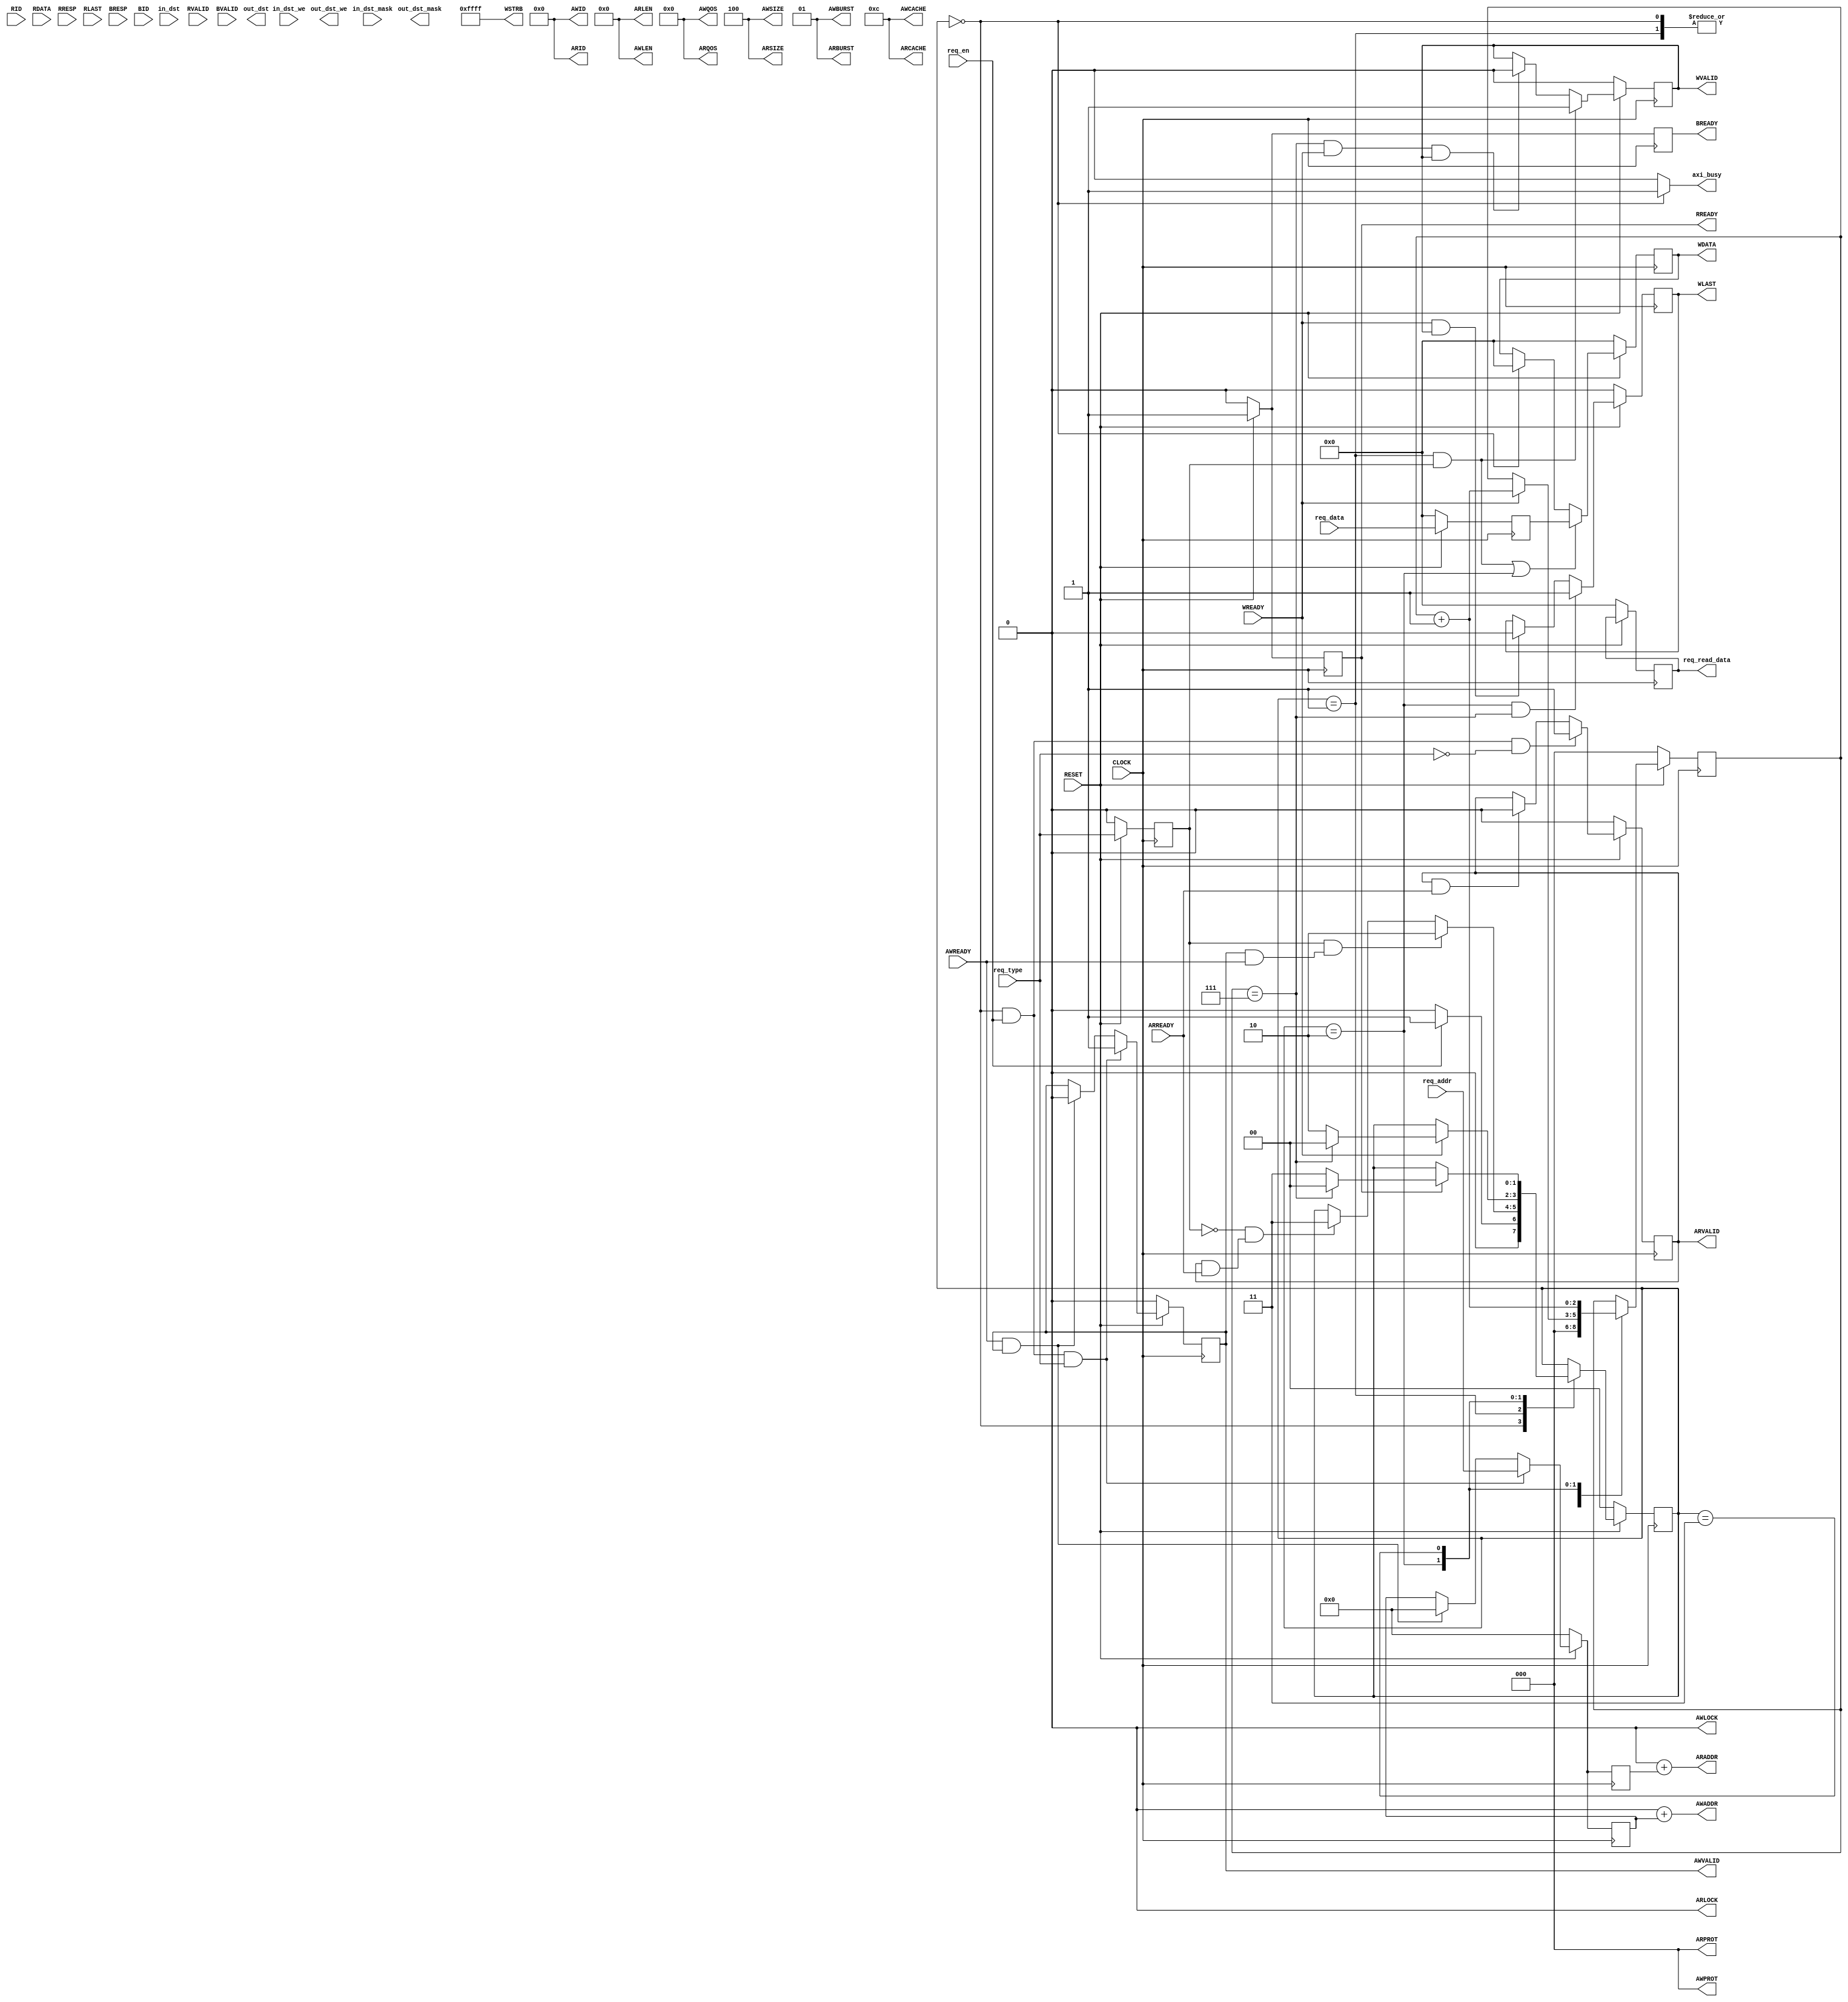
module axi4_master #
(
    parameter P_TARGET_SLAVE_BASE_ADDR     = 32'h0,                             //Base address of targeted slave
    
    parameter integer P_ADDR_WIDTH   = 32,                                      //Width of Address Bus
    parameter integer P_DATA_WIDTH   = 128                                      //Width of Data Bus
)
(
    input  wire [P_ADDR_WIDTH - 1:0] req_addr,
    input  wire [P_DATA_WIDTH - 1:0] req_data,
    input  wire req_en,
    input       req_type,
    output reg [P_DATA_WIDTH - 1:0]     req_read_data,
    output      axi_busy,
    input [7:0] in_dst,
    input   in_dst_we,
    input [7:0]  in_dst_mask, 

    output [7:0] out_dst,
    output   out_dst_we,
    output [7:0]  out_dst_mask, 

    input  wire CLOCK,                                                          //Global Clock Signal.
    input  wire RESET,                                                          //Global Reset Signal. This Signal is Active Low

    output wire [6 - 1:0] AWID,                                        //Master Interface Write Address ID
    output wire [P_ADDR_WIDTH - 1:0] AWADDR,                                    //Master Interface Write Address
    output wire [7:0] AWLEN,                                                    //Burst length. The burst length gives the exact number of transfers in a burst
    output wire [2:0] AWSIZE,                                                   //Burst size. This signal indicates the size of each transfer in the burst
    output wire [1:0] AWBURST,                                                  //Burst type. The burst type and the size information, determine how the address for each transfer within the burst is calculated.
    output wire AWLOCK,                                                         //Lock type. Provides additional information about the atomic characteristics of the transfer.
    output wire [3:0] AWCACHE,                                                  //Memory type. This signal indicates how transactions are required to progress through a system.
    output wire [2:0] AWPROT,                                                   //Protection type. This signal indicates the privilege and security level of the transaction, and whether  the transaction is a data access or an instruction access.
    output wire [3:0] AWQOS,                                                    //Quality of Service, QoS identifier sent for each write transaction.
    output wire AWVALID,                                                        //Write address valid. This signal indicates that the channel is signaling valid write address and control information.
    input  wire AWREADY,                                                        //Write address ready. This signal indicates that the slave is ready to accept an address and associated control signals
    output wire [P_DATA_WIDTH-1 : 0] WDATA,                                     //Master Interface Write Data.
    output wire [P_DATA_WIDTH/8-1 : 0] WSTRB,                                   //Write strobes. This signal indicates which byte lanes hold valid data. There is one write strobe bit for each eight bits of the write data bus.
    output wire WLAST,                                                          //Write last. This signal indicates the last transfer in a write burst.
    output wire WVALID,                                                         //Write valid. This signal indicates that valid write data and strobes are available
    input  wire WREADY,                                                         //Write ready. This signal indicates that the slave can accept the write data.

    output wire [6-1 : 0] ARID,                                        //Master Interface Read Address.
    output wire [P_ADDR_WIDTH-1 : 0] ARADDR,                                    //Read address. This signal indicates the initial address of a read burst transaction.
    output wire [7 : 0] ARLEN,                                                  //Burst length. The burst length gives the exact number of transfers in a burst
    output wire [2 : 0] ARSIZE,                                                 //Burst size. This signal indicates the size of each transfer in the burst
    output wire [1 : 0] ARBURST,                                                //Burst type. The burst type and the size information, determine how the address for each transfer within the burst is calculated.
    output wire ARLOCK,                                                         //Lock type. Provides additional information about the atomic characteristics of the transfer.
    output wire [3 : 0] ARCACHE,                                                //Memory type. This signal indicates how transactions are required to progress through a system.
    output wire [2 : 0] ARPROT,                                                 //Protection type. This signal indicates the privilege and security level of the transaction, and whether the transaction is a data access or an instruction access.
    output wire [3 : 0] ARQOS,                                                  //Quality of Service, QoS identifier sent for each read transaction
    output wire ARVALID,                                                        //Write address valid. This signal indicates that the channel is signaling valid read address and control information
    input  wire ARREADY,                                                        //Read address ready. This signal indicates that the slave is ready to accept an address and associated control signals
    input  wire [6-1 : 0] RID,                                         //Read ID tag. This signal is the identification tag for the read data group of signals generated by the slave.
    input  wire [P_DATA_WIDTH-1 : 0] RDATA,                                     //Master Read Data
    input  wire [1 : 0] RRESP,                                                  //Read response. This signal indicates the status of the read transfer
    input  wire RLAST,                                                          //Read last. This signal indicates the last transfer in a read burst
    input  wire RVALID,                                                         //Read valid. This signal indicates that the channel is signaling the required read data.
    output wire RREADY,                                                         //Read ready. This signal indicates that the master can accept the read data and response information.

    output wire BREADY,                                                         //Response ready. This signal indicates that the master can accept a write response.
    input  wire BVALID,                                                         //Write response valid. This signal indicates that the channel is signaling a valid write response.
    input  wire [1 : 0] BRESP,                                                  //Write response. This signal indicates the status of the write transaction.
    input  wire [6-1 : 0] BID                                          //Master Interface Write Response.
);

//Function called clogb2 that returns an integer which has the value of the
//ceiling of the log base 2
////function integer clogb2 (input integer bit_depth);
////begin
////    for(clogb2=0; bit_depth>0; clogb2=clogb2+1)
////        bit_depth = bit_depth >> 1;
////    end
////endfunction
//
////P_WRITE_TRANSACTIONS_NUM is the width of the index counter for number of
//write or read transaction.
////localparam integer P_WRITE_TRANSACTIONS_NUM = clogb2(P_WRITE_BURSTS - 1);
//
////Burst length for transactions, in P_DATA_WIDTHs. Non-2^n lengths will
//eventually cause bursts across 4K address boundaries.
//localparam integer C_MASTER_LENGTH = 12;
//
////Total number of burst transfers is master length divided by burst length
//and burst size
localparam integer C_NO_BURSTS_REQ = 12;

//= C_MASTER_LENGTH-clogb2((P_WRITE_BURSTS*P_DATA_WIDTH/8)-1);
//
//// Example State machine to initialize counter, initialize write
//transactions, initialize read transactions and comparison of read data with
//the written data words.

//Total number of burst transfers is master length divided by burst length and burst size
//localparam integer C_NO_BURSTS_REQ = C_MASTER_LENGTH-clogb2((P_WRITE_BURSTS*P_DATA_WIDTH/8)-1);

// Example State machine to initialize counter, initialize write transactions, initialize read transactions and comparison of read data with the written data words.
reg [1:0] master_state;
localparam [1:0] IDLE = 0;
localparam [1:0] REQ_STATE  = 1;
localparam [1:0] WRDATA_STATE = 2;
localparam [1:0] RDATA_STATE = 3;

//reg [P_ADDR_WIDTH - 1:0] m_write_addr = 0;
//reg [P_DATA_WIDTH - 1:0] m_write_data = 0;
//reg [6 - 1:0]   m_write_awid = 0;

//AXI4 internal tmp signals
reg [6 - 1:0]   m_awid = 0;
reg [P_ADDR_WIDTH - 1:0] m_awaddr;
reg m_awvalid;
reg [P_DATA_WIDTH - 1:0] m_wdata;
reg m_wlast;
reg m_wvalid;
reg m_bready;
reg [P_ADDR_WIDTH - 1:0] m_araddr;
reg m_arvalid;
reg m_rready;
reg [P_ADDR_WIDTH - 1:0] q_req_addr;
reg [P_DATA_WIDTH - 1:0] q_req_data;
reg [P_DATA_WIDTH - 1:0] q2_req_data;
reg q_req_type;
reg [2:0] count;
//reg [P_WRITE_TRANSACTIONS_NUM:0] write_index;                                   //write beat count in a burst
//reg [P_WRITE_TRANSACTIONS_NUM:0] read_index;                                    //read beat count in a burst
//wire [P_WRITE_TRANSACTIONS_NUM + 2: 0] burst_size_bytes;                        //size of P_WRITE_BURSTS length burst in bytes

//The burst counters are used to track the number of burst transfers of 
//P_WRITE_BURSTS burst length needed to transfer 2^C_MASTER_LENGTH bytes of data.
//reg [C_NO_BURSTS_REQ : 0] write_burst_counter;
//reg [C_NO_BURSTS_REQ : 0] read_burst_counter;
// reg start_single_burst_write;
// reg start_single_burst_read;
// reg writes_done;
// reg reads_done;
// reg error_reg;
reg compare_done;
//reg read_mismatch;
//reg burst_write_active;
//reg burst_read_active;
//reg [P_DATA_WIDTH - 1: 0] expected_rdata;

//Interface response error flags
//wire write_resp_error;
//wire read_resp_error;
//wire wnext;
//wire rnext;
//reg  init_txn_ff;
//reg  init_txn_ff2;
//reg  init_txn_edge;
//wire init_txn_pulse;

reg [31:0] m_writer_counter = 0;

// I/O Connections assignments
//assign WRITE_READY = ((AWREADY && WREADY) || current_state == IDLE) ? 1 : 0;
//assign WRITE_READY = (AWREADY && WREADY) ? 1 : 0;

//Write Address (AW)
assign AWID = m_awid + m_writer_counter;
assign AWADDR = P_TARGET_SLAVE_BASE_ADDR + m_awaddr;                            //The AXI address is a concatenation of the target base address + active offset range
assign AWLEN= 8'h0;                                               //Burst LENgth is number of transaction beats, minus 1
assign AWSIZE = 3'b100;                                 //Size should be P_DATA_WIDTH, in 2^SIZE bytes, otherwise narrow bursts are used
assign AWBURST = 2'b01;                                                         //INCR burst type is usually used, except for keyhole bursts
assign AWCACHE = 4'b1100;
assign AWPROT = 3'h0;
assign AWQOS = 4'h0;
assign AWVALID = m_awvalid;
assign AWLOCK = 1'b0;                                                           //Update value to 4'b0011 if coherent accesses to be used via the Zynq ACP port.
                                                                                //Not Allocated, Modifiable, not Bufferable. Not Bufferable since this example is meant to test memory, not intermediate cache.
//Write Data(W)
assign WDATA = m_wdata;                                                         //All bursts are complete and aligned in this example
assign WSTRB = {(P_DATA_WIDTH / 8){1'b1}};
assign WLAST = m_wlast;
assign WVALID = m_wvalid;

//Write Response (B)
assign BREADY = m_bready;

//Read Address (AR)
assign ARID = 'b0;
assign ARADDR = P_TARGET_SLAVE_BASE_ADDR + m_araddr;                            //Burst Length is number of transaction beats, minus 1
assign ARLEN = 8'h0;                                               //Size should be P_DATA_WIDTH, in 2^n bytes, otherwise narrow bursts are used
assign ARSIZE = 3'b100;                                 //INCR burst type is usually used, except for keyhole bursts
assign ARBURST = 2'b01;
assign ARCACHE = 4'b1100;
assign ARPROT = 3'h0;
assign ARQOS = 4'h0;
assign ARVALID = m_arvalid;
assign ARLOCK = 1'b0;                                                           //Update value to 4'b0011 if coherent accesses to be used via the Zynq ACP port. 
                                                                                //Not Allocated, Modifiable, not Bufferable. Not Bufferable since this example is meant to test memory, not intermediate cache.

//Read and Read Response (R)
assign RREADY = m_rready;

//Example design I/O
//assign TXN_DONE = compare_done;
//assign burst_size_bytes = P_WRITE_BURSTS * P_DATA_WIDTH / 8;                    //Burst size in bytes
//assign init_txn_pulse = (!init_txn_ff2) && init_txn_ff;

//Write Address Channel
always @(posedge CLOCK) begin
    if (RESET == 0) begin
        m_awvalid <= 0;
    end else if ((master_state == IDLE) & req_en & req_type) begin
        m_awvalid <= 1;
        //m_writer_counter <= m_writer_counter + 1;
    end else if (AWREADY && m_awvalid) begin                                    //Once asserted, VALIDs cannot be de-asserted, so m_awvalid must wait until transaction is accepted
        m_awvalid <= 0;
        //m_writer_counter <= m_writer_counter - 1;
    end else begin
        m_awvalid <= m_awvalid;
    end
end

always @(posedge CLOCK) begin
    if (RESET == 0) begin
        m_awaddr <= 0;
    end else if ((master_state ==IDLE) & req_en & req_type) begin
        m_awaddr <= req_addr;
    end else if (AWREADY && m_awvalid) begin
        m_awaddr <= 0;
    end else begin
        m_awaddr <= m_awaddr;
    end
end

always @(posedge CLOCK) begin
    if (RESET == 0) begin
        m_araddr <= 0;
    end else if ((master_state ==IDLE) & req_en & req_type) begin
        m_araddr <= req_addr;
    end else if (AWREADY && m_awvalid) begin
        m_araddr <= 0;
    end else begin
        m_araddr <= m_awaddr;
    end
end

always @(posedge CLOCK) begin
    if (RESET == 0) begin
        m_wvalid <= 0;
    end else if ((master_state == REQ_STATE) & q_req_type) begin
        m_wvalid <= 1;
    end else if ((count==7) & WREADY && m_wvalid) begin
        m_wvalid <= 0;
    end else begin
        m_wvalid <= m_wvalid;
    end
end

always @(posedge CLOCK) begin
    if (RESET == 0) begin
        m_wlast <= 0;
    end else if ((master_state == WRDATA_STATE) & (count == 7)) begin
        m_wlast <= 1;
    end else if (WREADY && m_wvalid) begin
        m_wlast <= 0;
    end else begin
        m_wlast <= m_wlast;
    end
end

//Write Data Generator.Data pattern is only a simple incrementing count from 0 for each burst.
always @(posedge CLOCK) begin
    if (RESET == 0) begin
        m_wdata <= 0;
    end else if (((master_state == REQ_STATE) & q_req_type) | (master_state == WRDATA_STATE)) begin
        m_wdata <= q_req_data;
    end else if(master_state == IDLE)begin
        m_wdata <= 0;
    end else begin 
        m_wdata <= m_wdata;
    end
end

//Write Response (B) Channel
 always @(posedge CLOCK) begin
    if (RESET == 0) begin
        m_bready <= 0;
    end else begin
        m_bready <= 1;
        //m_bready <= m_bready;
    end
end

//Need this to silent VIP warning
always @(posedge CLOCK) begin
    if (RESET == 0) begin
        m_arvalid <= 0;
    end
    else if((master_state == IDLE) & req_en & (~req_type))begin
        m_arvalid <= 1'b1;
    end
    else if(ARVALID && ARREADY)begin
        m_arvalid <= 1'b0;
    end
    else begin
        m_arvalid <= m_arvalid;
    end
end

//Need this to silent VIP warning
always @(posedge CLOCK) begin
    if (RESET == 0) begin
        m_rready <= 0;
        req_read_data <= 0;
    end
    else if(RDATA_STATE)begin
        m_rready <= 1'b1;
    end
    else if(RVALID && m_rready)begin
        m_rready <= 1'b0;
        req_read_data <= RDATA;
    end
    else begin
        m_rready <= m_rready;
    end
end

always@(posedge CLOCK)begin
  if(!RESET)begin
    q_req_type <= 1'b0;
    q_req_addr <= 32'h0;
    q_req_data <= 128'h0;
    q2_req_data <= 128'h0;
  end
  else begin
      q_req_type <= req_type;
      q_req_addr <= req_addr;
      q_req_data <= req_data;
      q2_req_data <= q_req_data;
  end
end

assign axi_busy = (master_state == IDLE)? 1'b1:1'b0;


//implement master command interface state machine
always @ (posedge CLOCK) begin
    if (RESET == 0) begin
        master_state <= IDLE;
        count <= 0;
    end else begin
        case (master_state)
            IDLE: begin
                if (req_en) begin
                    master_state <= REQ_STATE;
                end else begin
                    master_state <= IDLE;
                end
                count <= 0;
            end
            REQ_STATE: begin
                if ((q_req_type == 1'b1) &&(AWVALID & AWREADY))
                    master_state <= WRDATA_STATE;
                else if ((q_req_type == 1'b0) &&(ARVALID & ARREADY))
                    master_state <= RDATA_STATE;
                count <= 0;
            end
            WRDATA_STATE: begin
                if (WREADY) begin
                    if(count == 3'h7)
                        master_state <= IDLE;
                    else
                        master_state <= WRDATA_STATE;
                    count <= count + 3'h1 ;
                end
            end
            RDATA_STATE: begin
                if (RREADY) begin
                    if(count == 3'h7)
                        master_state <= IDLE;
                    else
                        master_state <= RDATA_STATE;
                end
                    count <= count + 3'h1 ;
            end
            default: begin
                master_state <= IDLE;
                count <= 0;
            end
        endcase
    end
end


endmodule